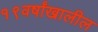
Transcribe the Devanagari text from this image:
१९वर्षांखालील